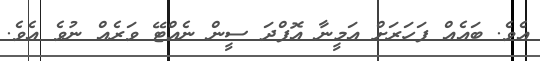
އެވެ. ބައެއް ފަހަރަށް އަމީނާ އޮފްދަ ސީން ނެއްޓޭ ވަރެއް ނުވެ އެވެ.